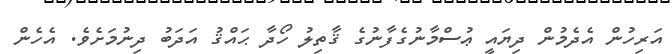
އަރިހުން އެދެމުން ދިޔައީ ޢުސްމާނުގެފާނުގެ ޤާތިލު ހޯދާ ޙައްޤު އަދަބު ދިނުމަށެވެ. އެހެން